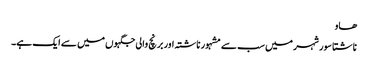
ھاو
ناشتا سور شہر میں سب سے مشہور ناشتہ اور برنچ والی جگہوں میں سے ایک ہے۔